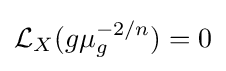
{\mathcal {L}}_{X}(g\mu _{g}^{-2/n})=0